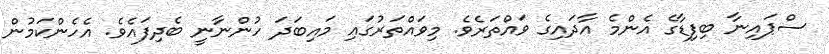
ސްޕައިނާ ބިފިޑާގެ އެންމެ އާދައިގެ ވައްތަރެވެ. މިވައްތަރުގައި މައިބަދަ ހުންނާނީ ބެދިފައެވެ. އެހެންކަމުން